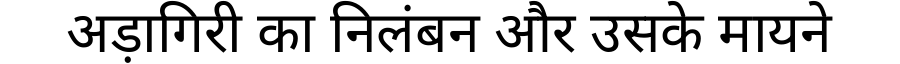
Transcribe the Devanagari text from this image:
अड़ागिरी का निलंबन और उसके मायने